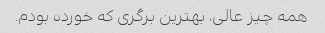
همه چیز عالی، بهترین برگری که خورده بودم.